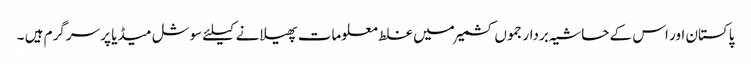
پاکستان اور اس کے حاشیہ بردار جموں کشمیرمیں غلط معلومات پھیلانے کیلئے سوشل میڈیا پر سرگرم ہیں ۔